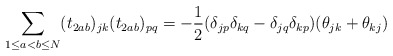
\begin{align*}\sum_{1\le a<b\le N}(t_{2ab})_{jk}(t_{2ab})_{pq}=-\frac{1}{2}(\delta_{jp}\delta_{kq}-\delta_{jq}\delta_{kp})(\theta_{jk}+\theta_{kj})\end{align*}